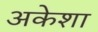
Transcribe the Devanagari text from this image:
अकेशा